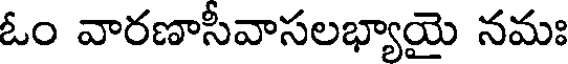
ఓం వారణాసీవాసలభ్యాయై నమః